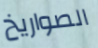
الصواريخ